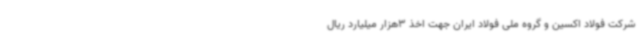
شرکت فولاد اکسین و گروه ملی فولاد ایران جهت اخذ 3هزار میلیارد ریال